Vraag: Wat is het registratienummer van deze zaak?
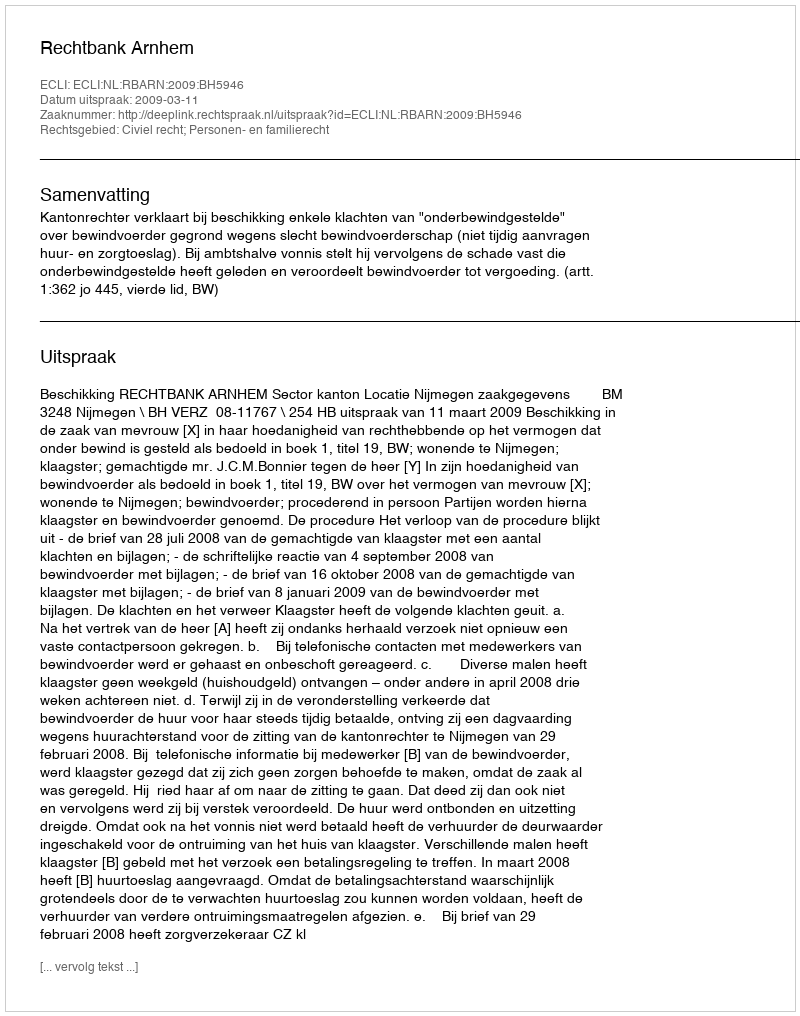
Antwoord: http://deeplink.rechtspraak.nl/uitspraak?id=ECLI:NL:RBARN:2009:BH5946